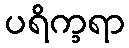
ပရိက္ခရာ